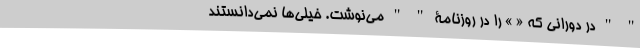
" " در دورانی که « » را در روزنامۀ " " می‌نوشت. خیلی‌ها نمی‌دانستند